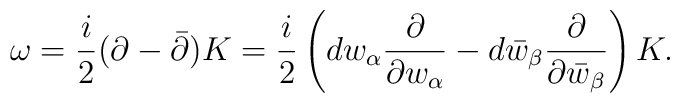
\omega = {i \over 2}(\partial - \bar \partial) K=  {i \over 2} \left( dw_\alpha {\partial \over \partial w_\alpha}  - d\bar w_\beta {\partial \over \partial \bar w_\beta} \right) K .